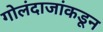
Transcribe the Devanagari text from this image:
गोलंदाजांकडून